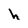
Character: h